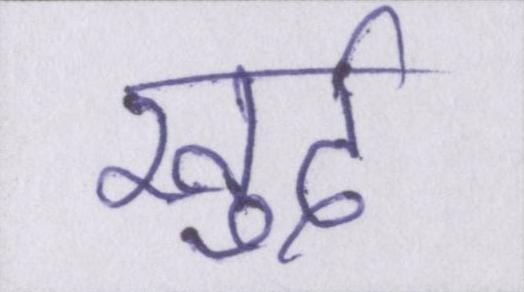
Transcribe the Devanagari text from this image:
खुर्द